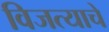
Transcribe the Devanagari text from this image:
विजत्याचे